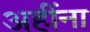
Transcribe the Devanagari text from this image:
अहींना